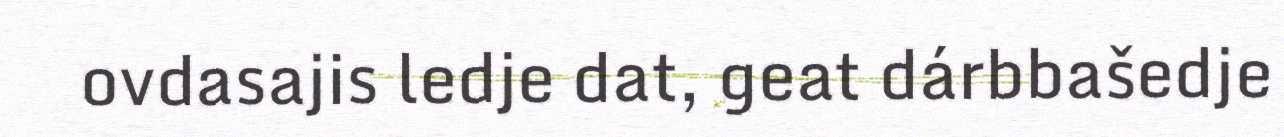
ovdasajis ledje dat, geat dárbbašedje